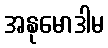
အနုမောဒါမ